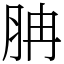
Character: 䏥